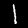
Digit: 1